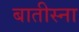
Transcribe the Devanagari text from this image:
बातीस्ना